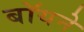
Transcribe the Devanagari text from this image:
बॉयने